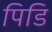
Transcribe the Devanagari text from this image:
पिडि